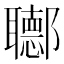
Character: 𨟡